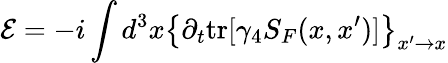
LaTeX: {\cal E}=-i\int d^{3}x\left\{ \partial_{t}\mathrm{tr}[\gamma_{4}S_{F}(x,x^{\prime})]\right\} _{x^{\prime}\rightarrow x}